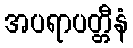
အပရာပတ္တီနံ